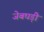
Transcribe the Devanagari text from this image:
जेबघड़ी